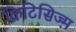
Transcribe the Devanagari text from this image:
क्रिटिसिज्म़